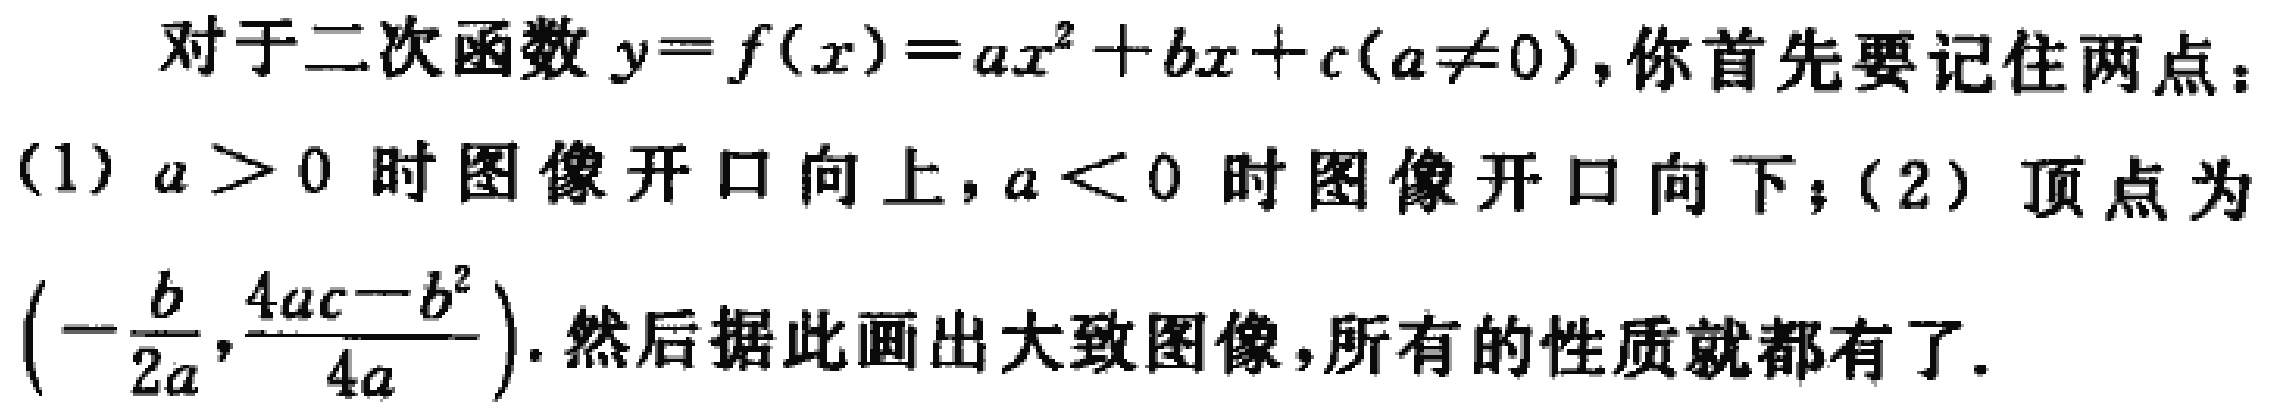
对于二次函数\(y = f(x)=ax^{2}+bx + c(a\neq0)\)，你首先要记住两点：

(1) \(a > 0\)时图像开口向上，\(a < 0\)时图像开口向下；(2) 顶点为\(\left(-\frac{b}{2a},\frac{4ac - b^{2}}{4a}\right)\). 然后据此画出大致图像，所有的性质就都有了.